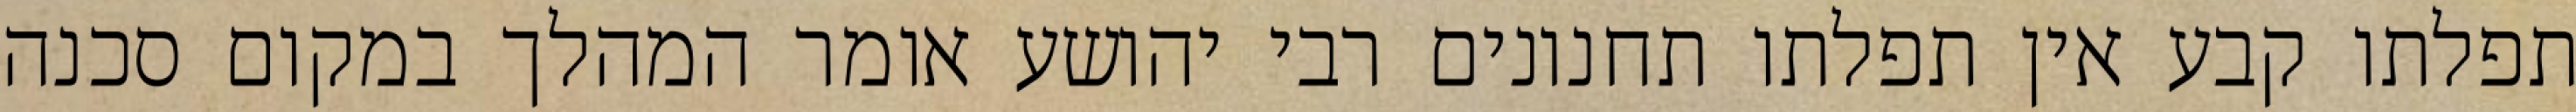
תפלתו קבע אין תפלתו תחנונים רבי יהושע אומר המהלך במקום סכנה